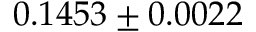
0 . 1 4 5 3 \pm 0 . 0 0 2 2